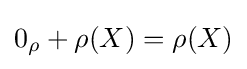
{\textstyle 0_{\rho }+\rho (X)=\rho (X)}